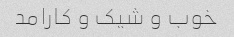
خوب و شیک و کارامد